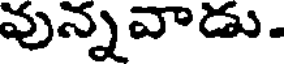
వున్నవాడు.